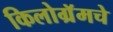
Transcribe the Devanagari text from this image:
किलोग्रॅमचे